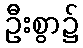
ဦးစွာ၌